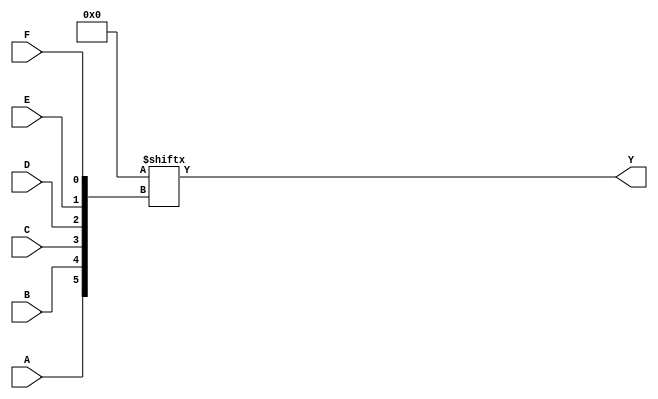
module six_variable_kmap (
    input wire A,    // Input variable A
    input wire B,    // Input variable B
    input wire C,    // Input variable C
    input wire D,    // Input variable D
    input wire E,    // Input variable E
    input wire F,    // Input variable F
    output wire Y    // Output of the K-map
);

// Internal wire to represent the minterms
wire [63:0] minterms;

// Assign minterms based on the K-map grouping
assign minterms[0]   = 1'b0;  // m0
assign minterms[1]   = 1'b0;  // m1
assign minterms[2]   = 1'b0;  // m2
assign minterms[3]   = 1'b0;  // m3
assign minterms[4]   = 1'b0;  // m4
assign minterms[5]   = 1'b0;  // m5
assign minterms[6]   = 1'b0;  // m6
assign minterms[7]   = 1'b0;  // m7
assign minterms[8]   = 1'b0;  // m8
assign minterms[9]   = 1'b0;  // m9
assign minterms[10]  = 1'b0;  // m10
assign minterms[11]  = 1'b0;  // m11
assign minterms[12]  = 1'b0;  // m12
assign minterms[13]  = 1'b0;  // m13
assign minterms[14]  = 1'b0;  // m14
assign minterms[15]  = 1'b0;  // m15
assign minterms[16]  = 1'b0;  // m16
assign minterms[17]  = 1'b0;  // m17
assign minterms[18]  = 1'b0;  // m18
assign minterms[19]  = 1'b0;  // m19
assign minterms[20]  = 1'b0;  // m20
assign minterms[21]  = 1'b0;  // m21
assign minterms[22]  = 1'b0;  // m22
assign minterms[23]  = 1'b0;  // m23
assign minterms[24]  = 1'b0;  // m24
assign minterms[25]  = 1'b0;  // m25
assign minterms[26]  = 1'b0;  // m26
assign minterms[27]  = 1'b0;  // m27
assign minterms[28]  = 1'b0;  // m28
assign minterms[29]  = 1'b0;  // m29
assign minterms[30]  = 1'b0;  // m30
assign minterms[31]  = 1'b0;  // m31
assign minterms[32]  = 1'b0;  // m32
assign minterms[33]  = 1'b0;  // m33
assign minterms[34]  = 1'b0;  // m34
assign minterms[35]  = 1'b0;  // m35
assign minterms[36]  = 1'b0;  // m36
assign minterms[37]  = 1'b0;  // m37
assign minterms[38]  = 1'b0;  // m38
assign minterms[39]  = 1'b0;  // m39
assign minterms[40]  = 1'b0;  // m40
assign minterms[41]  = 1'b0;  // m41
assign minterms[42]  = 1'b0;  // m42
assign minterms[43]  = 1'b0;  // m43
assign minterms[44]  = 1'b0;  // m44
assign minterms[45]  = 1'b0;  // m45
assign minterms[46]  = 1'b0;  // m46
assign minterms[47]  = 1'b0;  // m47
assign minterms[48]  = 1'b0;  // m48
assign minterms[49]  = 1'b0;  // m49
assign minterms[50]  = 1'b0;  // m50
assign minterms[51]  = 1'b0;  // m51
assign minterms[52]  = 1'b0;  // m52
assign minterms[53]  = 1'b0;  // m53
assign minterms[54]  = 1'b0;  // m54
assign minterms[55]  = 1'b0;  // m55
assign minterms[56]  = 1'b0;  // m56
assign minterms[57]  = 1'b0;  // m57
assign minterms[58]  = 1'b0;  // m58
assign minterms[59]  = 1'b0;  // m59
assign minterms[60]  = 1'b0;  // m60
assign minterms[61]  = 1'b0;  // m61
assign minterms[62]  = 1'b0;  // m62
assign minterms[63]  = 1'b0;  // m63

// Output logic based on the minterms
assign Y = minterms[{A, B, C, D, E, F}];

endmodule